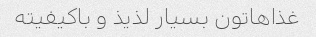
غذاهاتون بسیار لذیذ و باکیفیته